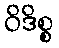
ဝိဒိစ္စ